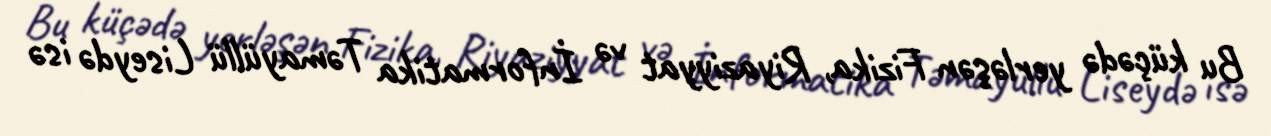
Bu küçədə yerləşən Fizika, Riyaziyyat və İnformatika Təmayüllü Liseydə isə